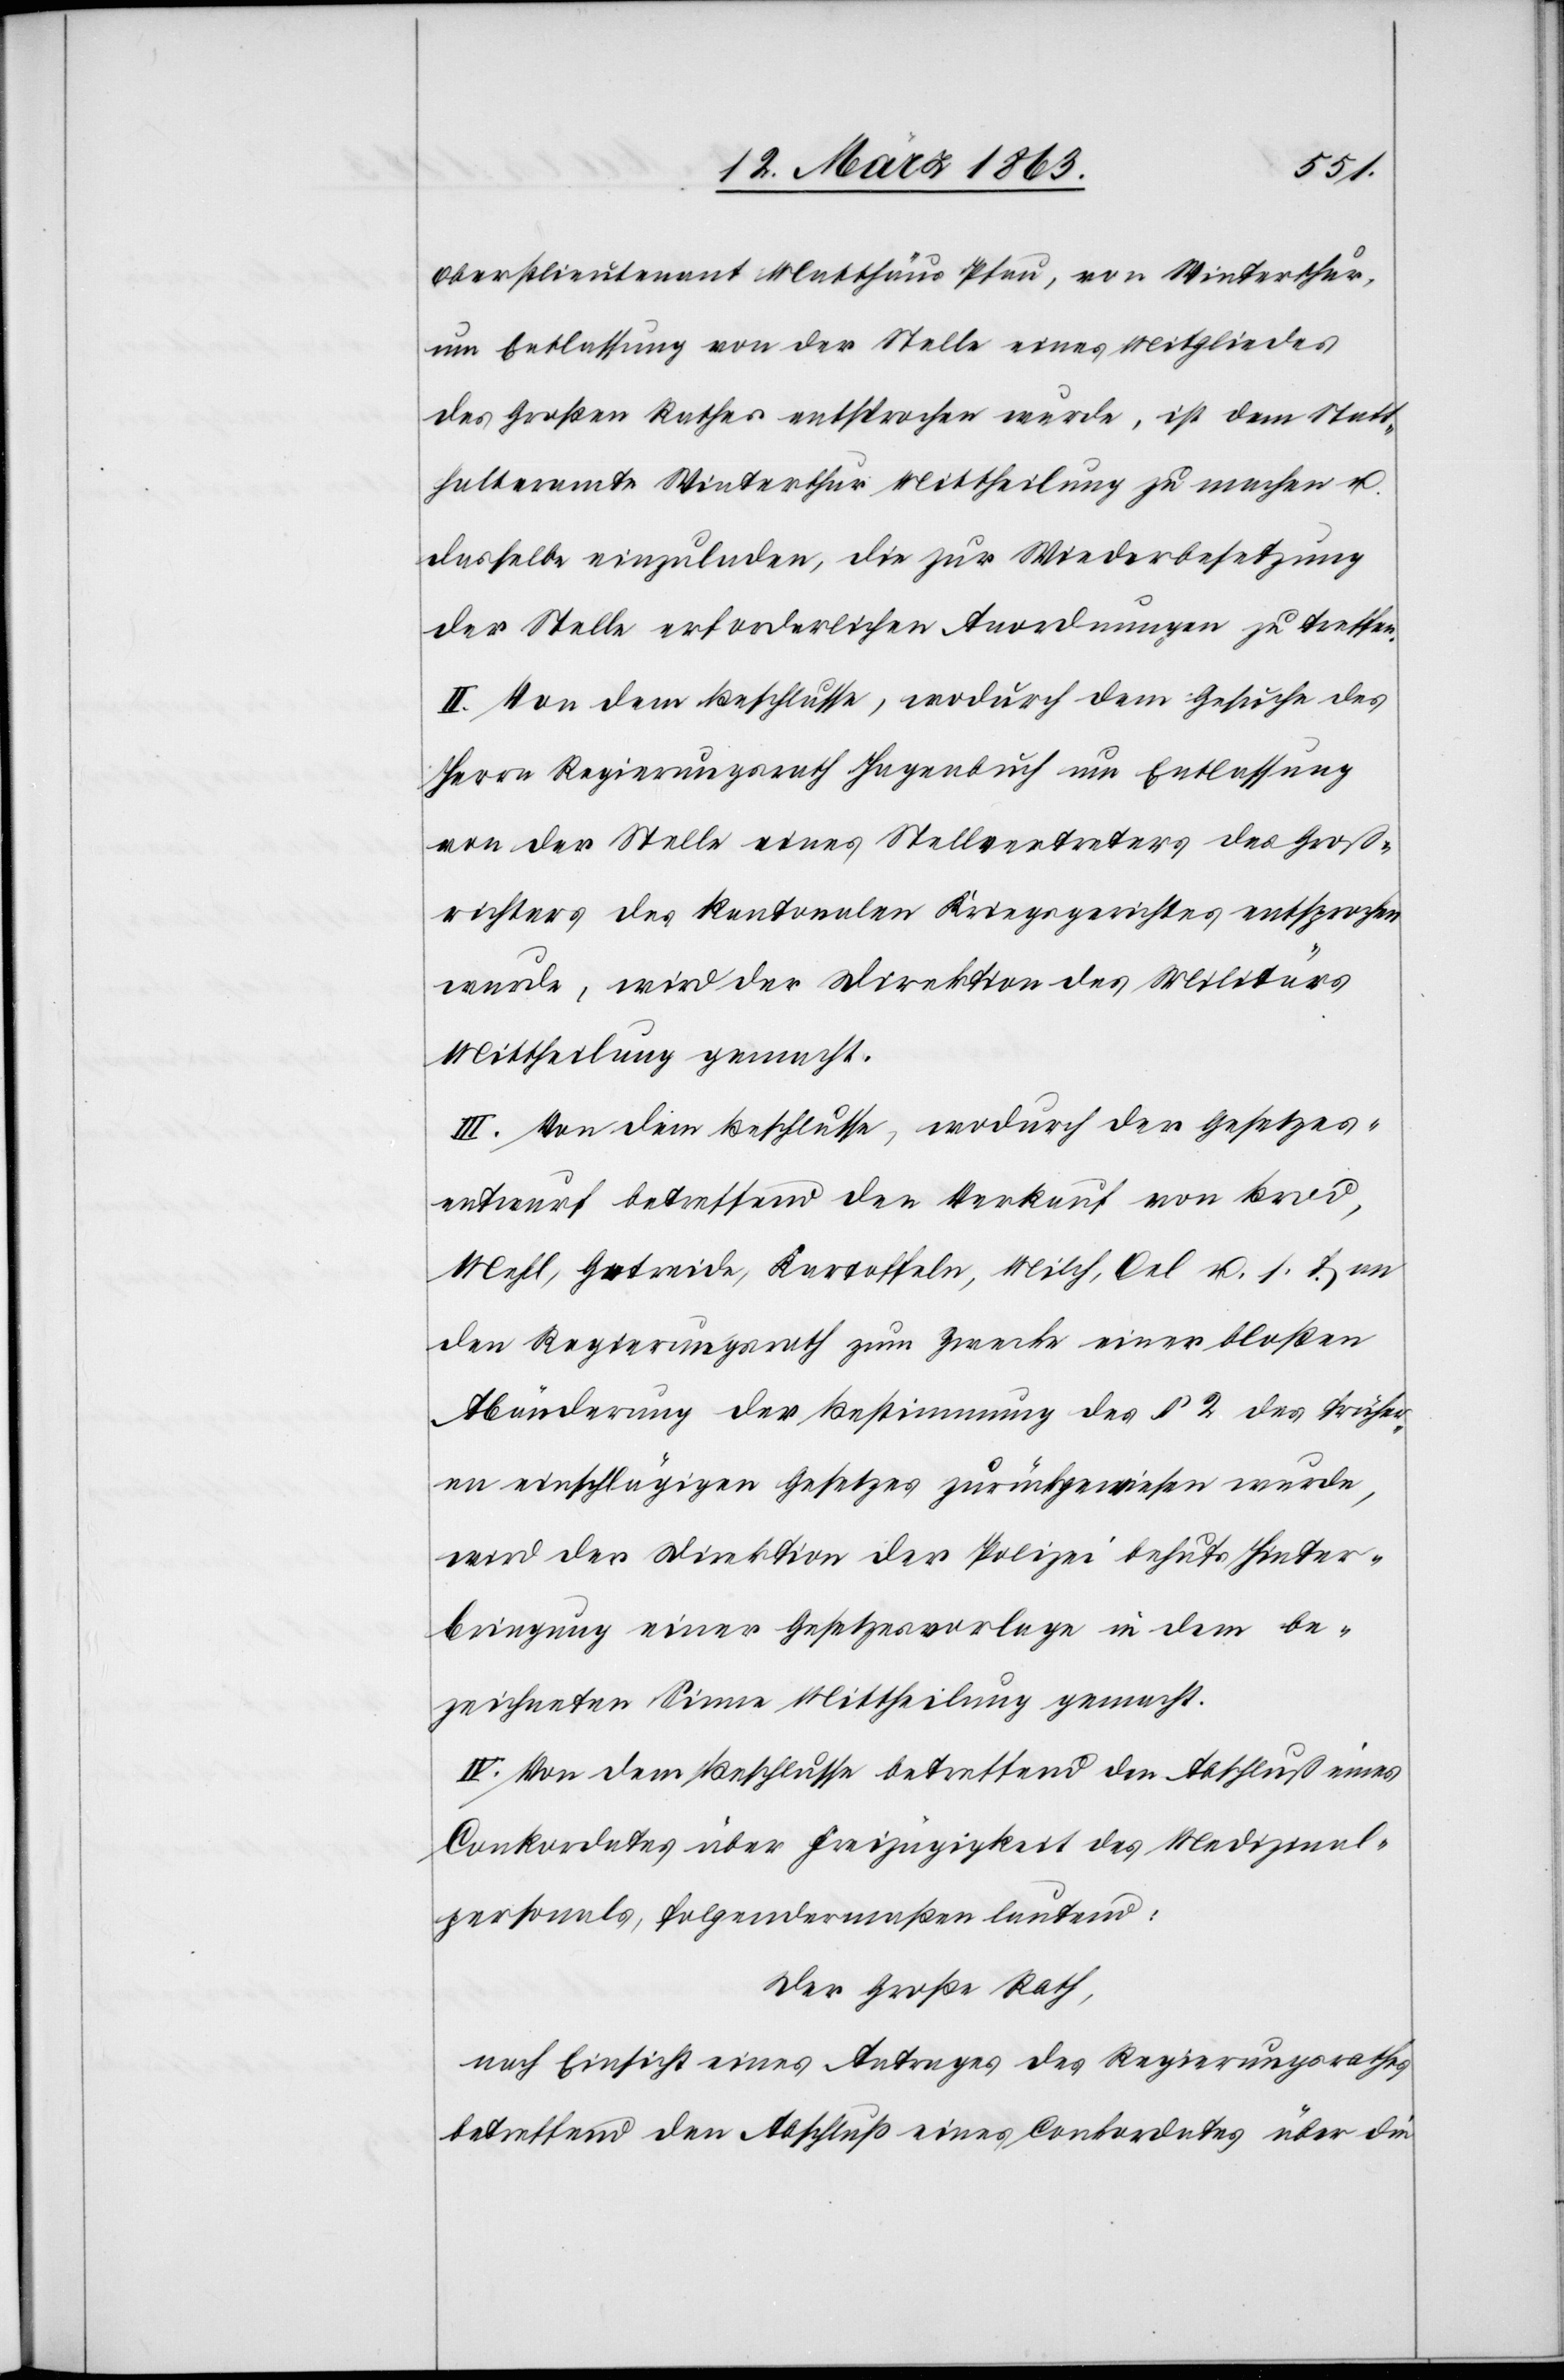
Oberstlieutenant Matthäus Pfau, von Winterthur,
um Entlassung von der Stelle eines Mitgliedes
des Großen Rathes entsprochen wurde, ist dem Statt¬
halteramte Winterthur Mittheilung zu machen u.
dasselbe einzuladen, die zur Wiederbesetzung
der Stelle erforderlichen Anordnungen zu treffen.
II. Von dem Beschlusse, wodurch dem Gesuche des
Herrn Regierungsrath Hagenbuch um Entlassung
von der Stelle eines Stellvertreters des Groß¬
richters des kantonalen Kriegsgerichtes entsprochen
wurde, wird der Direktion des Militärs
Mittheilung gemacht.
III. Von dem Beschlusse, wodurch der Gesetzes¬
entwurf betreffend den Verkauf von Brod,
Mehl, Getreide, Kartoffeln, Milch, Oel u. s f. an
den Regierungsrath zum Zwecke einer bloßen
Abänderung der Bestimmung des § 2 des früher¬
en einschlägigen Gesetzes zurückgewiesen wurde,
wird der Direktion der Polizei behufs Hinter¬
bringung einer Gesetzesvorlage in dem be¬
zeichneten Sinne Mittheilung gemacht.
IV. Von dem Beschlusse betreffend den Abschluß eines
Conkordates über Freizügigkeit des Medizinal¬
personals, folgendermaßen lautend:
Der Große Rath,
nach Einsicht eines Antrages des Regierungsrathes
betreffend den Abschluß eines Conkordates über die